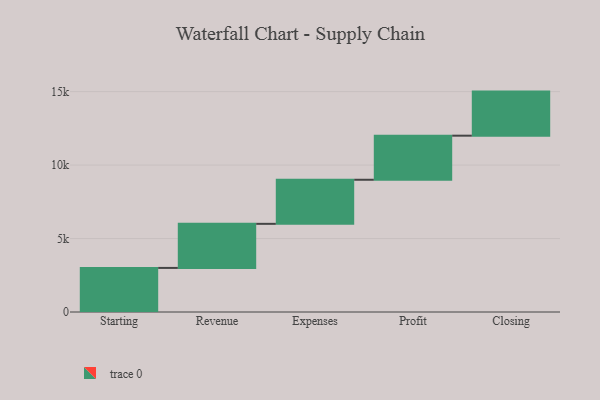
{"axis": {"x": "Step", "y": "Value"}, "legend": [""], "data": [{"x": "Starting", "y": 3000, "type": ""}, {"x": "Revenue", "y": 3000, "type": ""}, {"x": "Expenses", "y": 3000, "type": ""}, {"x": "Profit", "y": 3000, "type": ""}, {"x": "Closing", "y": 3000, "type": ""}]}